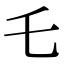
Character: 乇